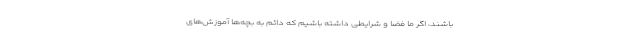
باشند، اگر ما فضا و شرایطی داشته باشیم که دائم به بچه‌ها آموزش‌های